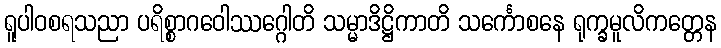
ရူပါဝစရသညာ ပရိစ္စာဂဝေါဿဂ္ဂေါတိ သမ္မာဒိဋ္ဌိကာတိ သင်္ကောစနေ ရုက္ခမူလိကတ္တေန